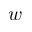
w